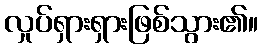
လှုပ်ရှားရှားဖြစ်သွား၏။